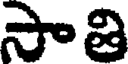
సాతి